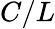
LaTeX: C/L